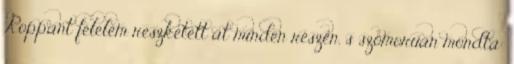
Roppant félelem reszketett át minden részén, s szomorúan mondta: